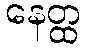
နေတ္ထ